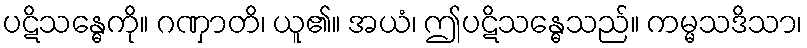
ပဋိသန္ဓေကို။ ဂဏှာတိ၊ ယူ၏။ အယံ၊ ဤပဋိသန္ဓေသည်။ ကမ္မသဒိသာ၊